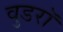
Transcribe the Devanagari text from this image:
वुडरॉ